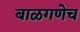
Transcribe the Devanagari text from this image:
बाळगणेच